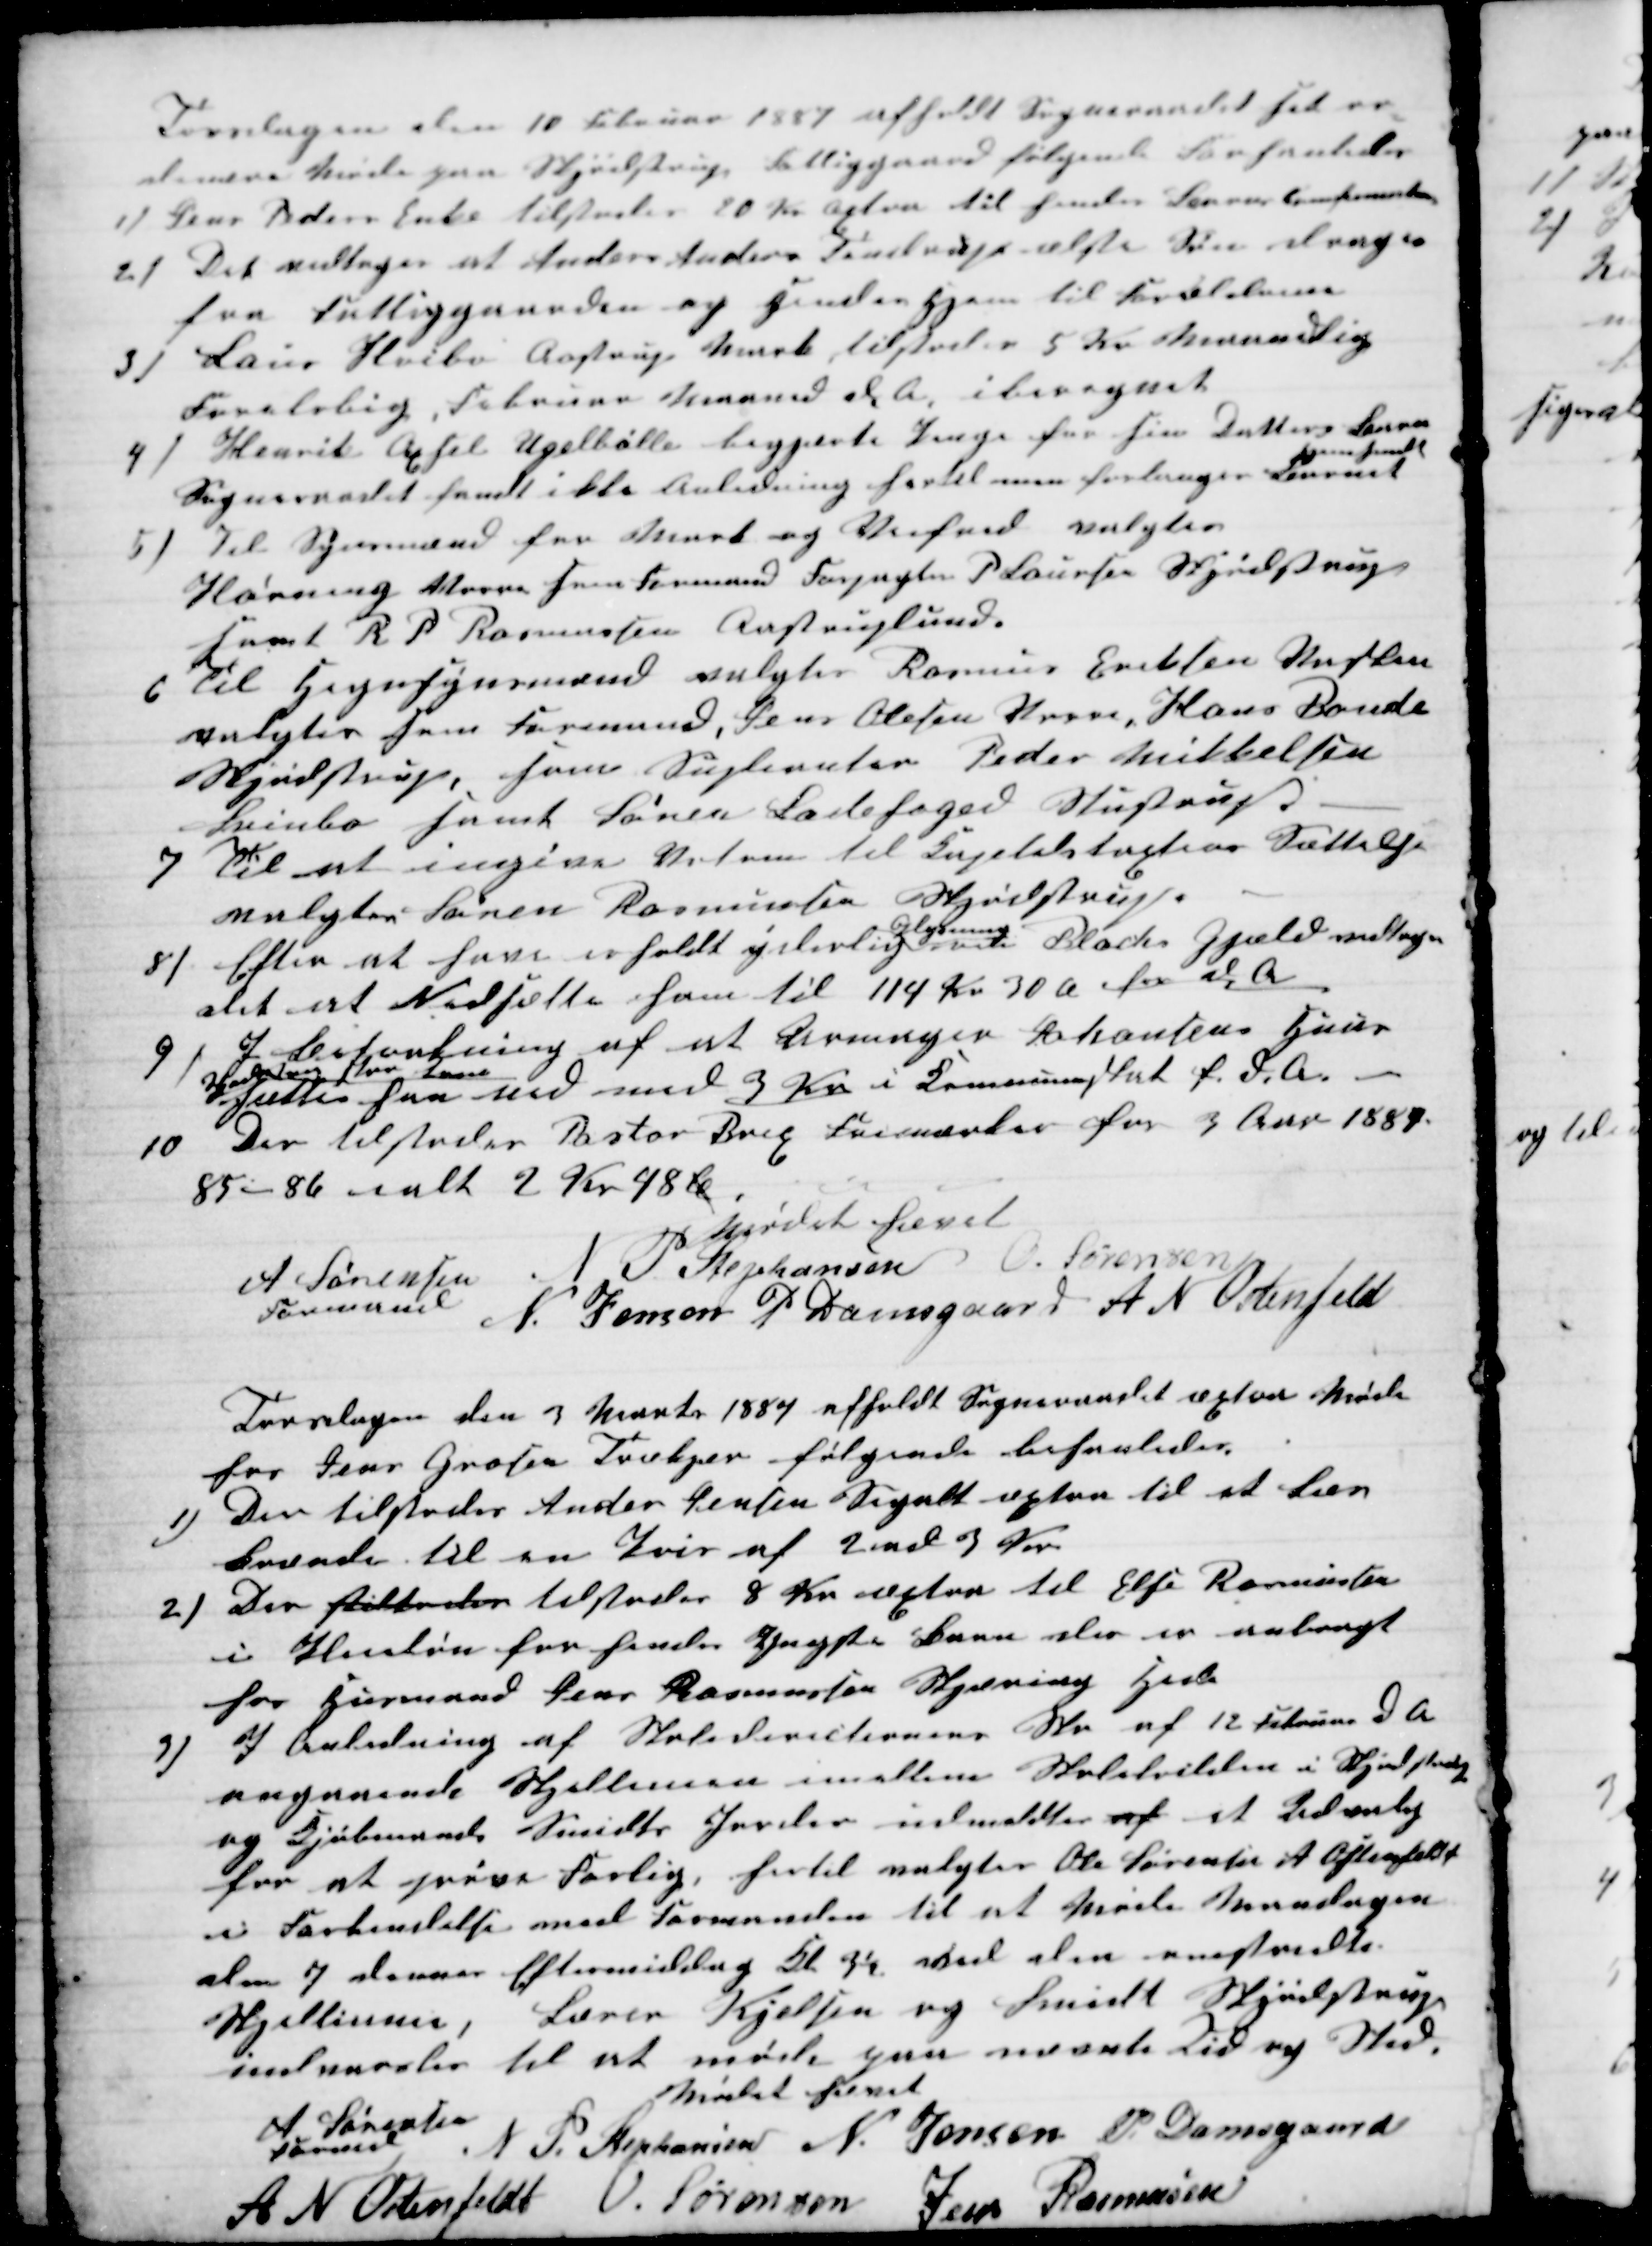
Transskription:
Torsdagen den 10 Februar 1887 afholdt Sogneraadet sit or-
dinære Møde paa Skjødstrup Fattiggaard følgende Forhanledes
1) Jens Peders Enke tilstodes 20 Kr æxtra til hendes Barns Comfirmation
2) Det vedtoges at Anders Anders Tendrups ælste Søn drager
fra Fattiggaarden og sendes Hjem til Forældrene
3) Laus Høibo Aastrup Mark tilstodes 5 Kr Maanedlig
Foreløbig, Februar Maaned d. A, iberegnet
4) Henrik Axsel Ugelbølle begjærte Penge for sin Datters Barn
Sogneraadet fandt ikke Anledning hertil men forlanger Barnet
hjemsendt
5)
Til Synsmænd for Mark og Veifred valgtes
Hørning Vorre som Formand Forpagter P Laursen Skjødstrup
samt R P Rasmussen Aastruplund.
6 Til Hegnsynsmænd valgtes Rasmus Eriksen Vasken
valgtes som Formand, Jens Olesen Vorre, Hans Bonde
Skjødstrup, som Supleanter Peder Mikkelsen
Svinbo samt Søren Ladefoged Stustrup.
7 
Til at ingive Votum til Kapitelstaxtens Sættelse
valgtes Søren Rasmussen Skjødstrup.
8) Efter at have erholdt yderlig 
Oplysning
ved Blacks Gjæld vedtoges
det et Nedsætte ham til 114 Kr 30 Ø for d. A
9)
I Betrakning af at Urmager Johansens Huus
Skjødstrup har Laan
sættes han ned med 3 Kr i Kommuneskat for d. A.
10
Der tilstodes Pastor Brix Frimærker for 3 Aar 1887
85 - 86 ialt 2 Kr 48 Øre
Mødet hævet
A Sørensen
Formand
N P Stephansen  O. Sørensen
N Jensen P. Damsgaard A N Ostenfeld
Torsdagen den 3 Marts 1887 afholdt Sogneraadet æxtra Møde
hos Jens Grosen Trækjær følgende behanledes.
1)
Den tilstodes Andes Jensen Segalt æxtra til et Læs
brænde til en Pris af 2 ad 3 Kr
2) Der tillodes tilstodes 8 Kr æxtra til Else Rasmussen
i Pleieløn for hendes yngste Barn der er anbragt
hos Husmand Jens Rasmussen Skjæring Hede
3)
I Anledning af Skoledirectionens Skr af 12 Februar d. A
angaaende Skjellinien imellem Skolelodden i Skjødstrup
og Kjøbmands Smidts Jorder indmeldtes af et Udvalg
for at prøve Forlig, hertil valgtes Ole Sørensen A Ostenfeldt
i Forbindelse med Formanden til at Møde Mandagen
den 7 dennes Eftermiddelig Kl 3½ ved den omstridte
Skjellinie, Lærer Kjelsen og Smidt Skjødstrup
indvarsles til at møde paa nævnte Tid og Sted
Mødet hævet
A Sørensen
Formand
N P. Stephansen N. Jensen P. Damsgaard
A N Ostenfeldt O. Sørensen
Jens Rasmusen